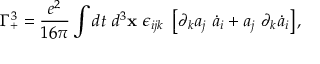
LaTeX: \Gamma _ { + } ^ { 3 } = \frac { e ^ { 2 } } { 1 6 \pi } \int d t ~ d ^ { 3 } { \bf x } ~ \epsilon _ { i j k } ~ \left[ \partial _ { k } a _ { j } ~ \dot { a } _ { i } + a _ { j } ~ \partial _ { k } \dot { a } _ { i } \right] ,